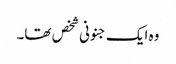
وہ ایک جنونی شخص تھا۔